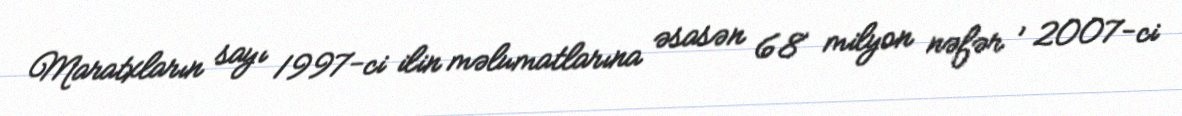
Maratxların sayı 1997-ci ilin məlumatlarına əsasən 68 milyon nəfər , 2007-ci